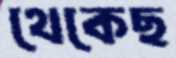
থেকেছ